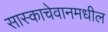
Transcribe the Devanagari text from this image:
सास्काचेवानमधील